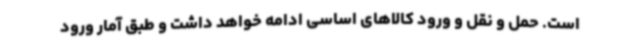
است. حمل و نقل و ورود کالاهای اساسی ادامه خواهد داشت و طبق آمار ورود